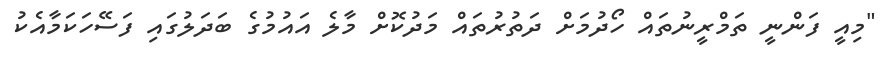
"މިއީ ފަންނީ ތަމްރީނުތައް ހޯދުމަށް ދަތުރުތައް މަދުކޮށް މާލެ އައުމުގެ ބަދަލުގައި ފަސޭހަކަމާއެކު